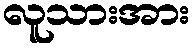
လူသားအား